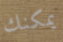
يمكنك